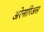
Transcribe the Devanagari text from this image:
अरेनारिअस